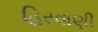
હિરવાણી